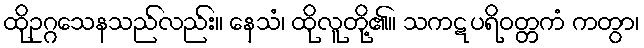
ထိုဥဂ္ဂသေနသည်လည်း။ နေသံ၊ ထိုလူတို့၏။ သကဋပရိဝတ္တကံ ကတွာ၊